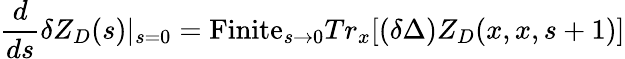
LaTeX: {\frac{d}{ds}}\delta Z_{D}(s)|_{s=0}=\mathrm{Finite}_{s\to 0}Tr_{x}[(\delta\Delta)Z_{D}(x,x,s+1)]